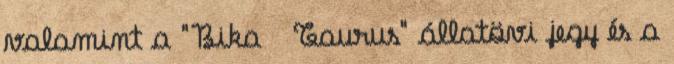
valamint a "Bika Taurus" állatövi jegy és a